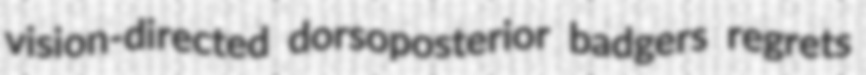
vision-directed dorsoposterior badgers regrets